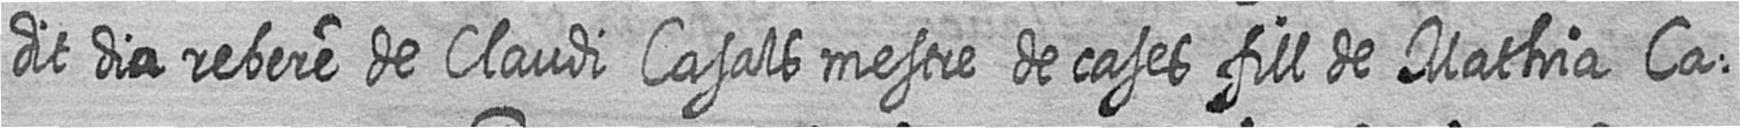
dit dia rebere de Claudi Casals mestre de cases fill de Mathia Ca=